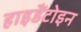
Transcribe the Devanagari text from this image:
हाइडैंटोइन